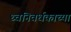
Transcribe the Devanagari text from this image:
ध्वनिवर्धकाच्या